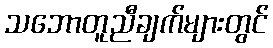
သဘောတူညီချက်များတွင်